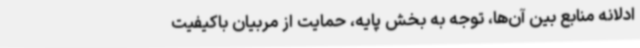
ادلانه منابع بین آن‌ها، توجه به بخش پایه، حمایت از مربیان باکیفیت